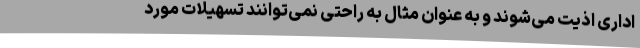
اداری اذیت می‌شوند و به عنوان مثال به راحتی نمی‌توانند تسهیلات مورد